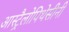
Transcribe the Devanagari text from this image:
आस्ट्रैलोपिथेसीनी